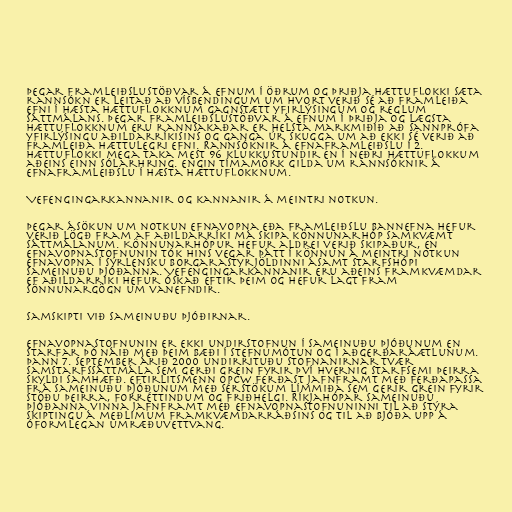
Þegar framleiðslustöðvar á efnum í öðrum og þriðja hættuflokki sæta
rannsókn er leitað að vísbendingum um hvort verið sé að framleiða
efni í hæsta hættuflokknum gagnstætt yfirlýsingum og reglum
sáttmálans. Þegar framleiðslustöðvar á efnum í þriðja og lægsta
hættuflokknum eru rannsakaðar er helsta markmiðið að sannprófa
yfirlýsingu aðildarríkisins og ganga úr skugga um að ekki sé verið að
framleiða hættulegri efni. Rannsóknir á efnaframleiðslu í 2.
hættuflokki mega taka mest 96 klukkustundir en í neðri hættuflokkum
aðeins einn sólarhring. Engin tímamörk gilda um rannsóknir á
efnaframleiðslu í hæsta hættuflokknum.

Vefengingarkannanir og kannanir á meintri notkun.

Þegar ásökun um notkun efnavopna eða framleiðslu bannefna hefur
verið lögð fram af aðildarríki má skipa könnunarhóp samkvæmt
sáttmálanum. Könnunarhópur hefur aldrei verið skipaður, en
Efnavopnastofnunin tók hins vegar þátt í könnun á meintri notkun
efnavopna í sýrlensku borgarastyrjöldinni ásamt starfshópi
Sameinuðu þjóðanna. Vefengingarkannanir eru aðeins framkvæmdar
ef aðildarríki hefur óskað eftir þeim og hefur lagt fram
sönnunargögn um vanefndir.

Samskipti við Sameinuðu þjóðirnar.

Efnavopnastofnunin er ekki undirstofnun í Sameinuðu þjóðunum en
starfar þó náið með þeim bæði í stefnumótun og í aðgerðaráætlunum.
Þann 7. september árið 2000 undirrituðu stofnanirnar tvær
samstarfssáttmála sem gerði grein fyrir því hvernig starfsemi þeirra
skyldi samhæfð. Eftirlitsmenn OPCW ferðast jafnframt með ferðapassa
frá Sameinuðu þjóðunum með sérstökum límmiða sem gerir grein fyrir
stöðu þeirra, forréttindum og friðhelgi. Ríkjahópar Sameinuðu
þjóðanna vinna jafnframt með Efnavopnastofnuninni til að stýra
skiptingu á meðlimum framkvæmdarráðsins og til að bjóða upp á
óformlegan umræðuvettvang.